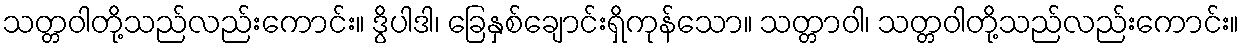
သတ္တဝါတို့သည်လည်းကောင်း။ ဒွိပါဒါ၊ ခြေနှစ်ချောင်းရှိကုန်သော။ သတ္တာဝါ၊ သတ္တဝါတို့သည်လည်းကောင်း။